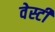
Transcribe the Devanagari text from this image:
वेस्टी